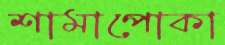
শামাপোকা